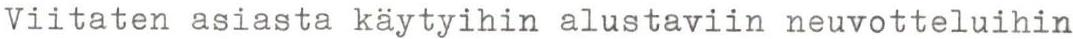
Viitaten asiasta käytyihin alustaviin neuvotteluihin